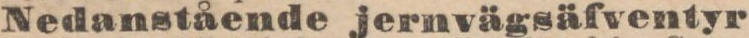
Nedanstående jernvägsäfventyr